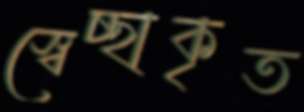
স্বেচ্ছাকৃত